Report on vaccination in Madras 1904-1921 - 1904-1921
Year: 1904
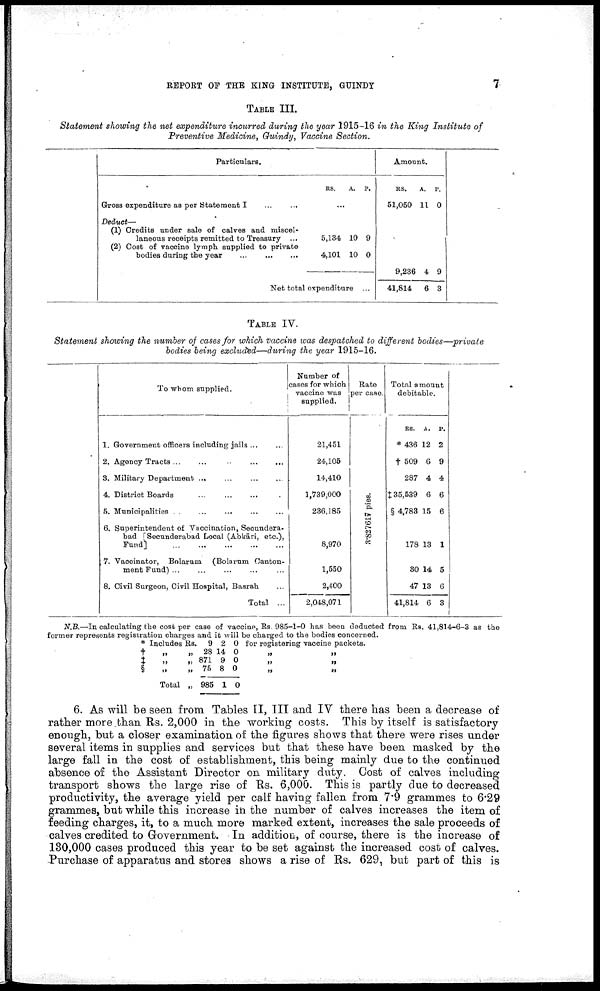
REPORT OF THE KING INSTITUTE, GUINDY
7
TABLE III.
Statement showing the net expenditure incurred during the year 1915-16 in the King Institute of
Preventive Medicine, Guindy, Vaccine Section.
Particulars.
Gross expenditure as per Statement I
...
...
Deduct—
(1) Credits under sale of calves and miscel
laneous receipts remitted to Treasury ...
(2) Cost of vaccine lymph supplied to private
bodies during the year
...
...
...
RS.
A. P.
...
5,134
4,101
10
10
9
0
Net total expenditure ...
Amount.
RS.
51,050
A.
11
P.
0
9,236
41,814
4
6
9
3
TABLE IV.
Statement showing the number of cases for which vaccine was despatched to different
bodies—private
bodies being excluded—during the year 1915-16.
To whom supplied.
1. Government officers including jails ... ...
2. Agency Tracts
...
...
...
...
3. Military Department ... ... ... ...
4. District Boards
...
...
...
...
5. Municipalities
...
...
...
...
6. Superintendent of Vaccination, Seoundera-
bad [Secunderabad Local (Abkāri, etc.),
Fund]
...
...
...
...
...
7. Vaccinator,
Bolarum
(Bolarum Canton-
ment Fund) ... ... ... ...
8. Civil Surgeon, Civil Hospital, Basrah ...
Total ...
Number of
cases for which
vaccine was
supplied.
21,451
24,105
14,410
1,739,000
236,185
8,970
1,550
2,400
2,048,071
Rate
per case.
3.827617 pies.
Total amount
debitable.
RS.
* 436
† 509
287
‡ 35,539
§ 4,783
178
30
47
41,814
A.
12
6
4
6
15
13
14
13
6
P.
2
9
4
6
6
1
5
6
3
N.B.—In calculating the cost per case of vaccine, Rs. 985-1-0 has been deducted from Rs. 41,814-6-3 as the
former represents registration charges and it will be charged to the bodies concerned.
* Includes Rs. 9 2 0 for registering vaccine packets.
† „
‡ „
§
„
Total
„
„
„
„
28
871
75
985
14
9
8
1
0
0
0
0
„
„
„
„
„
„
6. As will be seen from Tables II, III and IV there has been a decrease of
rather more than Rs. 2,000 in the working costs. This by itself is satisfactory
enough, but a closer examination of the figures shows that there were rises under
several items in supplies and services but that these have been masked by the
large fall in the cost of establishment, this being mainly due to the continued
absence of the Assistant Director on military duty. Cost of calves including
transport shows the large rise of Rs. 6,000. This is partly due to decreased
productivity, the average yield per calf having fallen from 7.9 grammes to 6.29
grammes, but while this increase in the number of calves increases the item of
feeding charges, it, to a much more marked extent, increases the sale proceeds of
calves credited to Government. In addition, of course, there is the increase of
130,000 cases produced this year to be set against the increased cost of calves.
Purchase of apparatus and stores shows a rise of Rs. 629, but part of this is